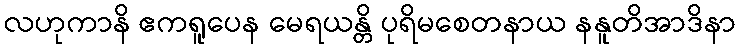
လဟုကာနိ ဧကရူပေန မေရယန္တိ ပုရိမစေတနာယ နနူတိအာဒိနာ